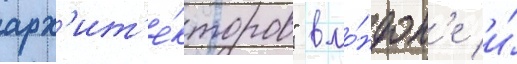
арх'ит'е́кторов" в ло́ндон'е и́